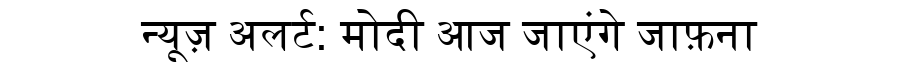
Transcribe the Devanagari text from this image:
न्यूज़ अलर्ट: मोदी आज जाएंगे जाफ़ना